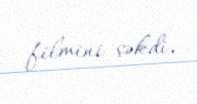
filmini çəkdi.